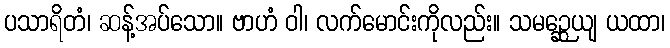
ပသာရိတံ၊ ဆန့်အပ်သော။ ဗာဟံ ဝါ၊ လက်မောင်းကိုလည်း။ သမဉ္ဆေယျ ယထာ၊